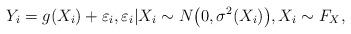
LaTeX: \begin{align*} Y_i=g(X_i)+\varepsilon_i,\varepsilon_i|X_i\sim N\bigl(0,\sigma^2(X_i)\bigr),X_i\sim F_X,\end{align*}